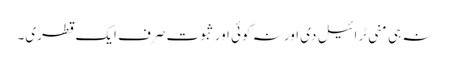
نہ ہی منی ٹرائیل دی اور نہ کوئی اور ثبوت صرف ایک قطری۔